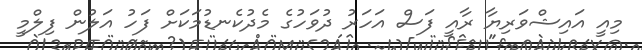
މިއީ އައިޝްވަރިޔާ ރާއީ ފަސް އަހަރު ދުވަހުގެ މެދުކެނޑުމަކަށް ފަހު އަލުން ފިލްމީ